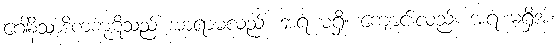
ဂေါနိသာဒိကကုဋိသည် အာရာမလည်း အရံ မရှိ၊ ကျောင်းလည်း အရံ မရှိအံ့၊